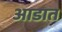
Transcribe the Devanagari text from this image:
आडात